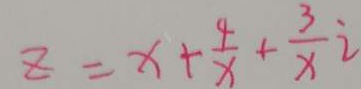
z = x + \frac { 4 } { x } + \frac { 3 } { x } i